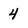
Character: 4